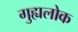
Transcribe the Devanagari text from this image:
गुह्यलोक